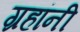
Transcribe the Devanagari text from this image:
ग्रहांनी